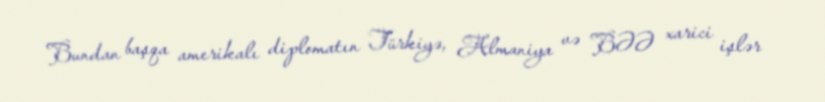
Bundan başqa amerikalı diplomatın Türkiyə, Almaniya və BƏƏ xarici işlər